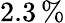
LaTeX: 2.3\, \%